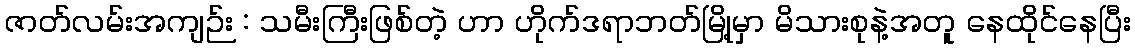
ဇာတ်လမ်းအကျဉ်း : သမီးကြီးဖြစ်တဲ့ ဟာ ဟိုက်ဒရာဘတ်မြို့မှာ မိသားစုနဲ့အတူ နေထိုင်နေပြီး